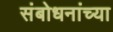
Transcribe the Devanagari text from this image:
संबोधनांच्या